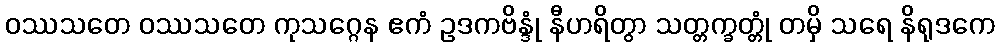
ဝဿသတေ ဝဿသတေ ကုသဂ္ဂေန ဧကံ ဥဒကဗိန္ဒုံ နီဟရိတွာ သတ္တက္ခတ္တုံ တမှိ သရေ နိရုဒကေ